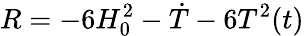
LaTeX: R=-6H_{0}^{2}-\dot{T}-6T^{2}(t)